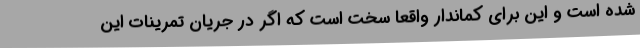
شده است و این برای کماندار واقعا سخت است که اگر در جریان تمرینات این